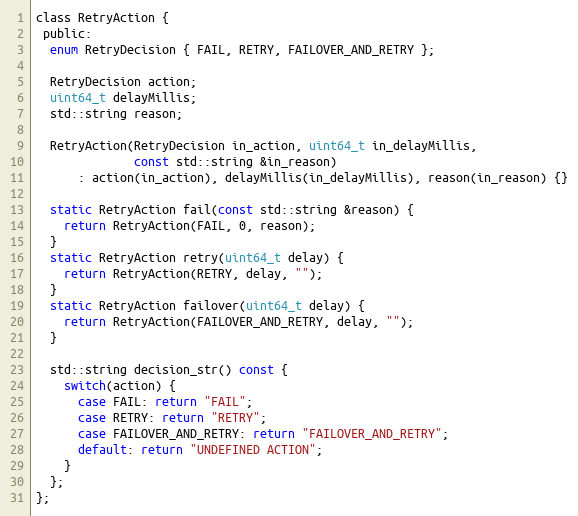
Language: C
class RetryAction {
 public:
  enum RetryDecision { FAIL, RETRY, FAILOVER_AND_RETRY };

  RetryDecision action;
  uint64_t delayMillis;
  std::string reason;

  RetryAction(RetryDecision in_action, uint64_t in_delayMillis,
              const std::string &in_reason)
      : action(in_action), delayMillis(in_delayMillis), reason(in_reason) {}

  static RetryAction fail(const std::string &reason) {
    return RetryAction(FAIL, 0, reason);
  }
  static RetryAction retry(uint64_t delay) {
    return RetryAction(RETRY, delay, "");
  }
  static RetryAction failover(uint64_t delay) {
    return RetryAction(FAILOVER_AND_RETRY, delay, "");
  }

  std::string decision_str() const {
    switch(action) {
      case FAIL: return "FAIL";
      case RETRY: return "RETRY";
      case FAILOVER_AND_RETRY: return "FAILOVER_AND_RETRY";
      default: return "UNDEFINED ACTION";
    }
  };
};